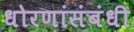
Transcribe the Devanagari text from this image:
धोरणांसंबंधी